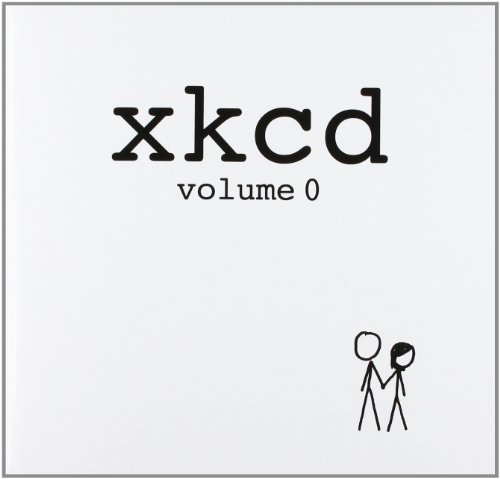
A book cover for xkcd: volume 0; Randall Munroe; Comics & Graphic Novels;